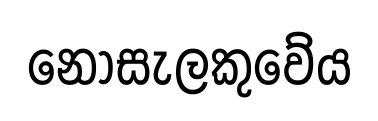
නොසැලකුවේය